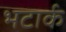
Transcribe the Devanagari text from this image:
भटार्क